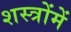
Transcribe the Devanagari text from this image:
शस्त्रोंमें